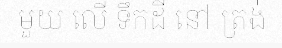
មួយ លើ ទឹកដី នៅ ត្រង់